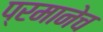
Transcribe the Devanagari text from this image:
प्रमानेच